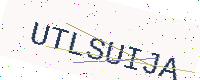
Text: UTLSUIJA